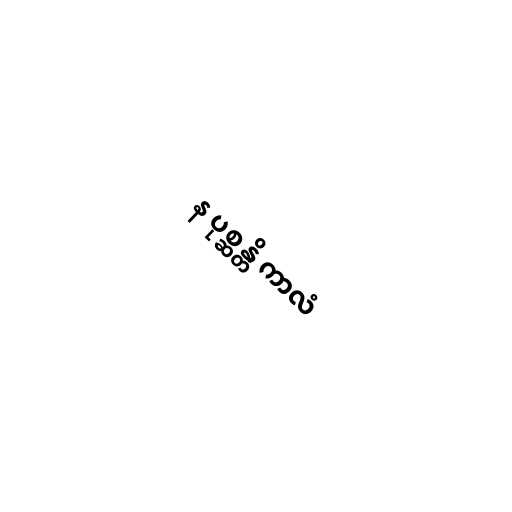
န ပုစ္ဆန္တိ ကာလံ